Report on vaccination in the Province of Bengal - 1874-1889
Year: 1874
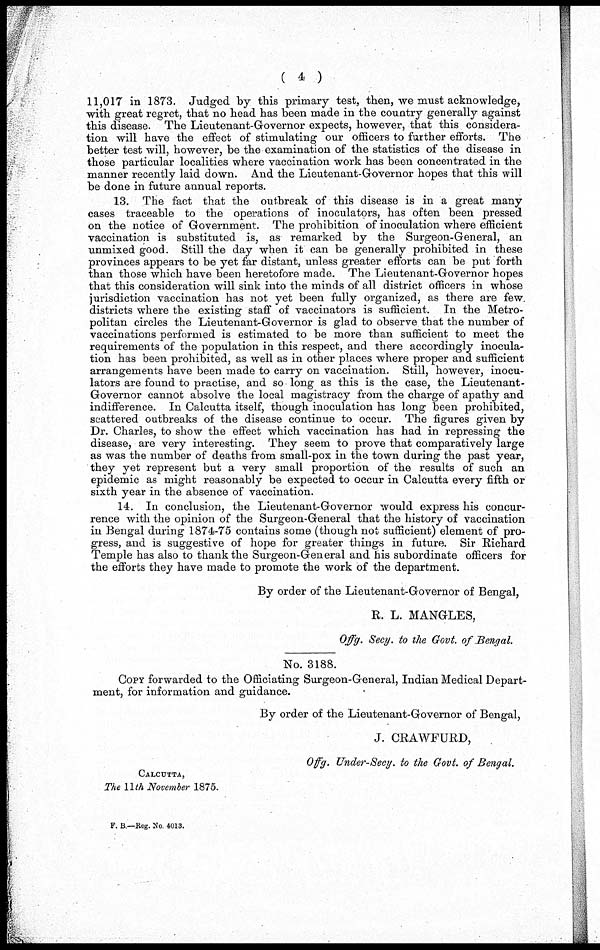
( 4 )
11,017 in 1873. Judged by this primary test, then, we must acknowledge,
with great regret, that no head has been made in the country generally against
this disease. The Lieutenant-Governor expects, however, that this considera-
tion will have the effect of stimulating our officers to further efforts. The
better test will, however, be the examination of the statistics of the disease in
those particular localities where vaccination work has been concentrated in the
manner recently laid down. And the Lieutenant-Governor hopes that this will
be done in future annual reports.
13. The fact that the outbreak of this disease is in a great many
cases traceable to the operations of inoculators, has often been pressed
on the notice of Government. The prohibition of inoculation where efficient
vaccination is substituted is, as remarked by the Surgeon-General, an
unmixed good. Still the day when it can be generally prohibited in these
provinces appears to be yet far distant, unless greater efforts can be put forth
than those which have been heretofore made. The Lieutenant-Governor hopes
that this consideration will sink into the minds of all district officers in whose
jurisdiction vaccination has not yet been fully organized, as there are few
districts where the existing staff of vaccinators is sufficient. In the Metro-
politan circles the Lieutenant-Governor is glad to observe that the number of
vaccinations performed is estimated to be more than sufficient to meet the
requirements of the population in this respect, and there accordingly inocula-
tion has been prohibited, as well as in other places where proper and sufficient
arrangements have been made to carry on vaccination. Still, however, inocu-
lators are found to practise, and so long as this is the case, the Lieutenant-
Governor cannot absolve the local magistracy from the charge of apathy and
indifference. In Calcutta itself, though inoculation has long been prohibited,
scattered outbreaks of the disease continue to occur. The figures given by
Dr. Charles, to show the effect which vaccination has had in repressing the
disease, are very interesting. They seem to prove that comparatively large
as was the number of deaths from small-pox in the town during the past year,
they yet represent but a very small proportion of the results of such an
epidemic as might reasonably be expected to occur in Calcutta every fifth or
sixth year in the absence of vaccination.
14. In conclusion, the Lieutenant-Governor would express his concur-
rence with the opinion of the Surgeon-General that the history of vaccination
in Bengal during 1874-75 contains some (though not sufficient) element of pro-
gress, and is suggestive of hope for greater things in future. Sir Richard
Temple has also to thank the Surgeon-General and his subordinate officers for
the efforts they have made to promote the work of the department.
By order of the Lieutenant-Governor of Bengal,
R. L. MANGLES,
Offg. Secy. to the Govt. of Bengal.
No. 3188.
COPY forwarded to the Officiating Surgeon-General, Indian Medical Depart-
ment, for information and guidance.
By order of the Lieutenant-Governor of Bengal,
J. CRAWFURD,
Offg. Under-Secy. to the Govt. of Bengal.
CALCUTTA,
The 11th November 1875.
F. B.—Reg. No 4013.